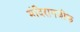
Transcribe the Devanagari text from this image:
मंदिरानजीक